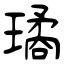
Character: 璚